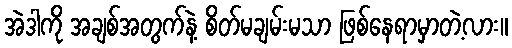
အဲဒါကို အချစ်အတွက်နဲ့ စိတ်မချမ်းမသာ ဖြစ်နေရာမှာတဲ့လား။